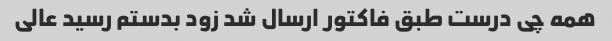
همه چی درست طبق فاکتور ارسال شد زود بدستم رسید عالی